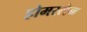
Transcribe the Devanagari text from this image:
होमरलेन